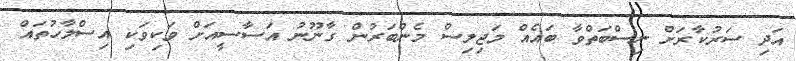
އަދި ސަރުކާރަށް ނިސްބަތްވާ ބައެއް މަޖިލިސް މެންބަރުން ގާނޫނު އަސާސީއަށް ވަކިވަކި އިސްލާހުތައް